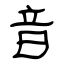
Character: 音